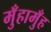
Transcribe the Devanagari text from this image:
मुँहामुँह